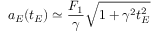
a _ { E } ( t _ { E } ) \simeq \frac { F _ { 1 } } { \gamma } \sqrt { 1 + \gamma ^ { 2 } t _ { E } ^ { 2 } }